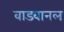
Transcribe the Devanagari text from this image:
वाडवानल